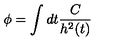
\phi { } = \int { } d t \frac { C } { h ^ { 2 } ( t ) }